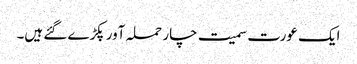
ایک عورت سمیت چار حملہ آور پکڑے گئے ہیں۔